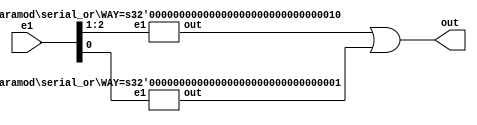
module serial_or(out, e1);
   parameter WAY = 3;
   parameter N1 = (WAY / 2) + (WAY % 2);
   parameter N2 = WAY / 2;

   input [WAY-1:0] e1;
   output 	    out;

   wire 	    W1, W2;

   if (WAY == 1)
     assign out = e1[0];

   else if (WAY == 2)
     or or1(out, e1[0], e1[1]);

   else if (WAY > 2)
     begin
	or or0(out, W1, W2);
	serial_or #(.WAY(N1)) recall1(W1, e1[WAY - 1 : WAY - N1]);
	serial_or #(.WAY(N2)) recall2(W2, e1[N2 - 1 : 0]);
     end
endmodule